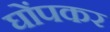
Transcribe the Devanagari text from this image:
घोंपकर